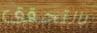
بالتحقق